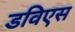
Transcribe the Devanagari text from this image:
डविएस